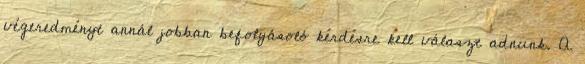
végeredményt annál jobban befolyásoló kérdésre kell választ adnunk. A